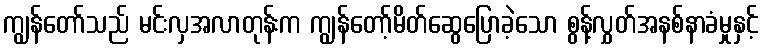
ကျွန်တော်သည် မင်းလှအလာတုန်းက ကျွန်တော့်မိတ်ဆွေပြောခဲ့သော စွန့်လွှတ်အနစ်နာခံမှုနှင့်